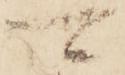
可